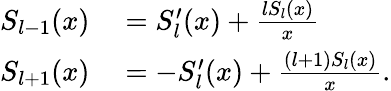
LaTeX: \begin{array}{rl}{S_{l-1}(x)}&{{}=S_{l}^{\prime}(x)+\frac{lS_{l}(x)}{x}}\\ {S_{l+1}(x)}&{{}=-S_{l}^{\prime}(x)+\frac{(l+1)S_{l}(x)}{x}.}\end{array}